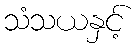
သံသယနှင့်